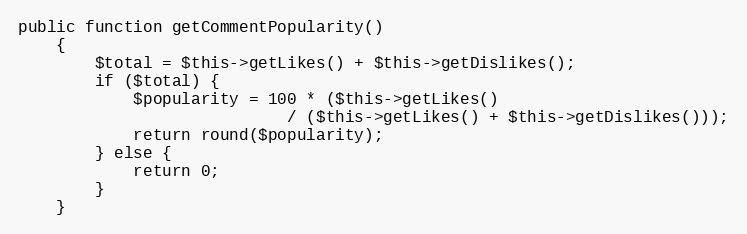
Language: PHP
public function getCommentPopularity()
    {
        $total = $this->getLikes() + $this->getDislikes();
        if ($total) {
            $popularity = 100 * ($this->getLikes()
                            / ($this->getLikes() + $this->getDislikes()));
            return round($popularity);
        } else {
            return 0;
        }
    }